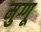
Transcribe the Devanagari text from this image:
मुग्गू